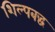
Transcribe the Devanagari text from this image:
शिल्पबद्ध